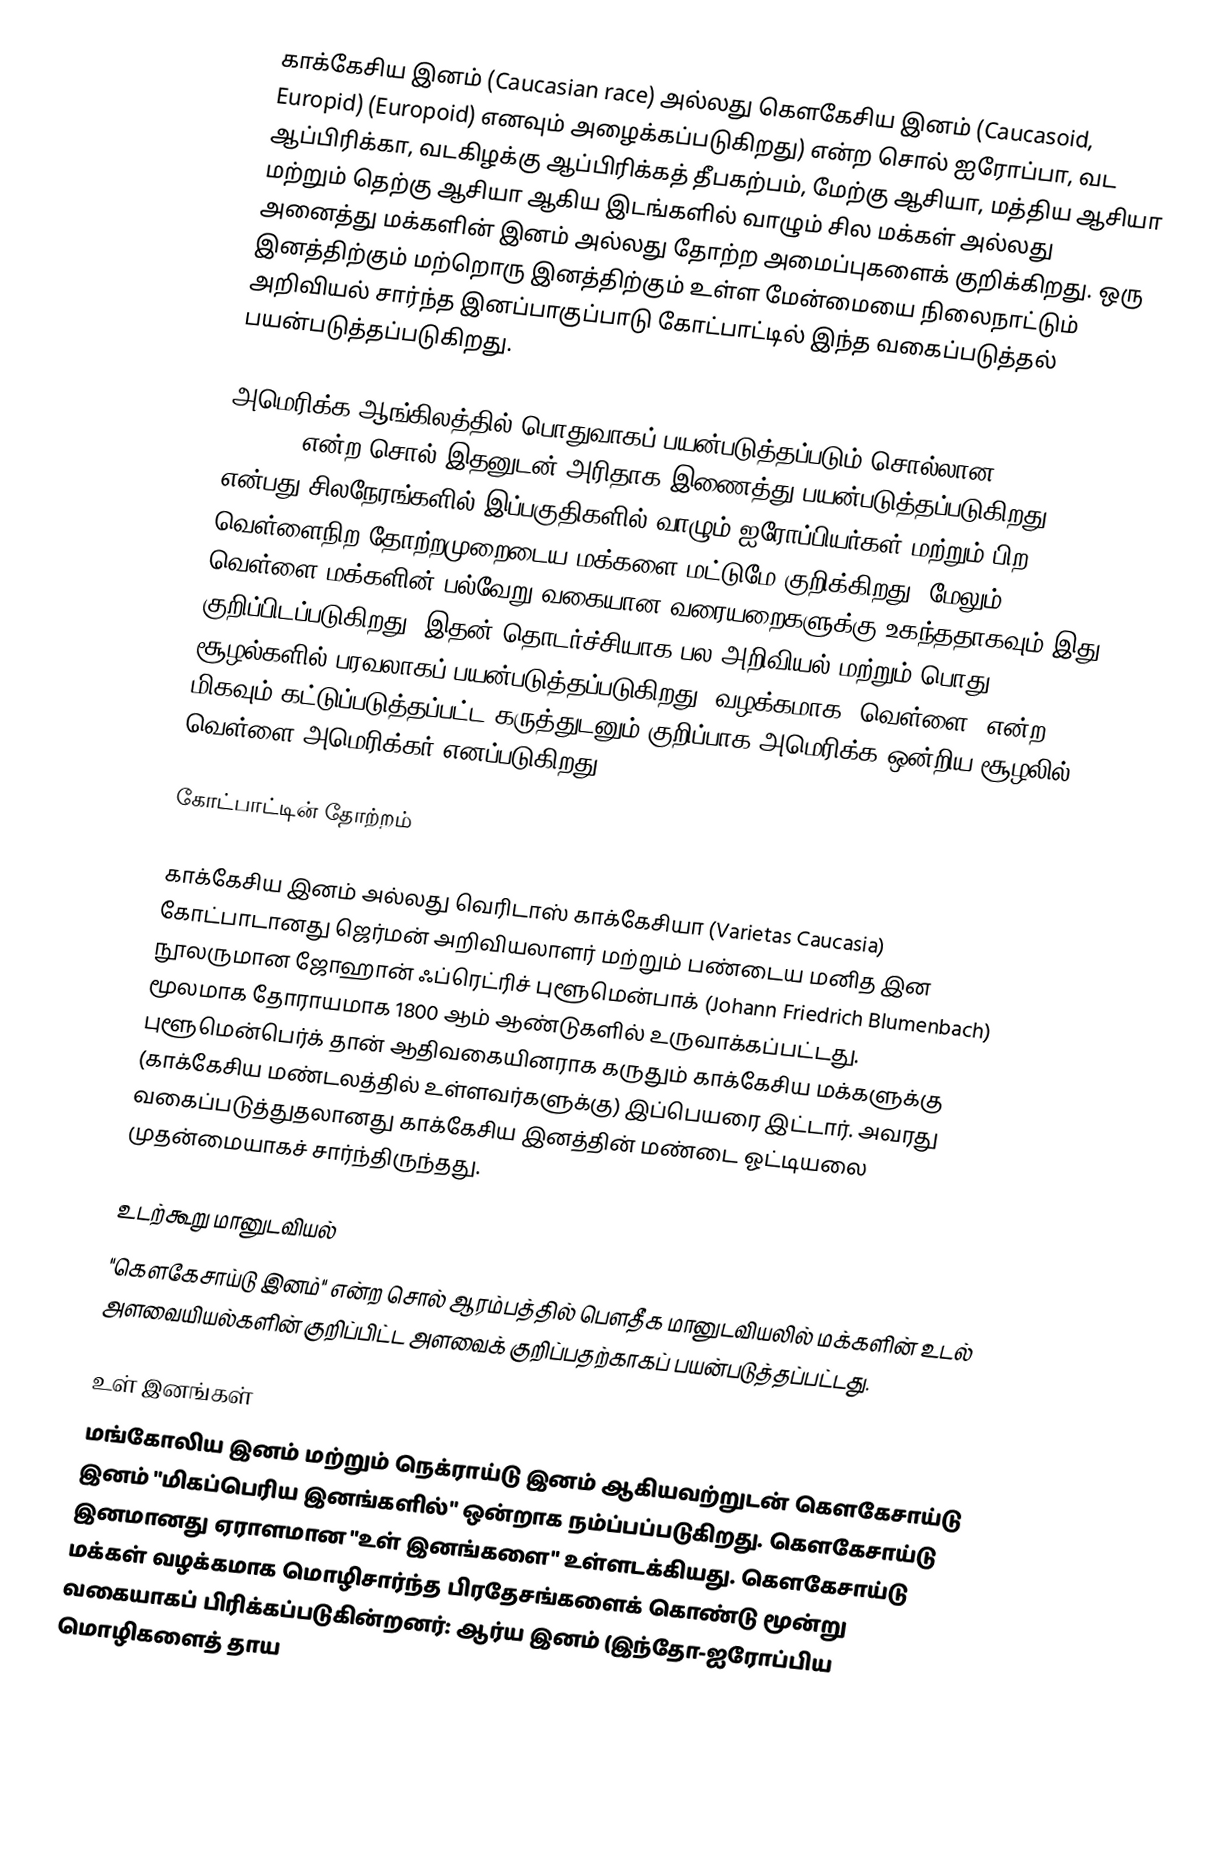
காக்கேசிய இனம் (Caucasian race) அல்லது கௌகேசிய இனம் (Caucasoid, Europid) (Europoid) எனவும் அழைக்கப்படுகிறது) என்ற சொல் ஐரோப்பா, வட ஆப்பிரிக்கா, வடகிழக்கு ஆப்பிரிக்கத் தீபகற்பம், மேற்கு ஆசியா, மத்திய ஆசியா மற்றும் தெற்கு ஆசியா ஆகிய இடங்களில் வாழும் சில மக்கள் அல்லது அனைத்து மக்களின் இனம் அல்லது தோற்ற அமைப்புகளைக் குறிக்கிறது. ஒரு இனத்திற்கும் மற்றொரு இனத்திற்கும் உள்ள மேன்மையை நிலைநாட்டும் அறிவியல் சார்ந்த இனப்பாகுப்பாடு கோட்பாட்டில் இந்த வகைப்படுத்தல் பயன்படுத்தப்படுகிறது.

அமெரிக்க ஆங்கிலத்தில் பொதுவாகப் பயன்படுத்தப்படும் சொல்லான "Caucasian" ("race" என்ற சொல் இதனுடன் அரிதாக இணைத்து பயன்படுத்தப்படுகிறது) என்பது சிலநேரங்களில் இப்பகுதிகளில் வாழும் ஐரோப்பியர்கள் மற்றும் பிற வெள்ளைநிற தோற்றமுறைடைய மக்களை மட்டுமே குறிக்கிறது. மேலும் வெள்ளை மக்களின் பல்வேறு வகையான வரையறைகளுக்கு உகந்ததாகவும் இது குறிப்பிடப்படுகிறது. இதன் தொடர்ச்சியாக பல அறிவியல் மற்றும் பொது சூழல்களில் பரவலாகப் பயன்படுத்தப்படுகிறது. வழக்கமாக "வெள்ளை" என்ற மிகவும் கட்டுப்படுத்தப்பட்ட கருத்துடனும் குறிப்பாக அமெரிக்க ஒன்றிய சூழலில் வெள்ளை அமெரிக்கர் எனப்படுகிறது.

கோட்பாட்டின் தோற்றம்

காக்கேசிய இனம்  அல்லது வெரிடாஸ் காக்கேசியா  (Varietas Caucasia) கோட்பாடானது ஜெர்மன் அறிவியலாளர் மற்றும் பண்டைய மனித இன நூலருமான ஜோஹான் ஃப்ரெட்ரிச் புளூமென்பாக் (Johann Friedrich Blumenbach) மூலமாக தோராயமாக 1800 ஆம் ஆண்டுகளில் உருவாக்கப்பட்டது. புளூமென்பெர்க் தான் ஆதிவகையினராக கருதும் காக்கேசிய மக்களுக்கு (காக்கேசிய மண்டலத்தில் உள்ளவர்களுக்கு) இப்பெயரை இட்டார். அவரது வகைப்படுத்துதலானது காக்கேசிய இனத்தின் மண்டை ஓட்டியலை முதன்மையாகச் சார்ந்திருந்தது.

உடற்கூறு மானுடவியல்
"கெளகேசாய்டு இனம்" என்ற சொல் ஆரம்பத்தில் பெளதீக மானுடவியலில் மக்களின் உடல் அளவையியல்களின் குறிப்பிட்ட அளவைக் குறிப்பதற்காகப் பயன்படுத்தப்பட்டது.

உள் இனங்கள்
மங்கோலிய இனம் மற்றும் நெக்ராய்டு இனம் ஆகியவற்றுடன் கெளகேசாய்டு இனம் "மிகப்பெரிய இனங்களில்" ஒன்றாக நம்ப்பப்படுகிறது. கௌகேசாய்டு இனமானது ஏராளமான "உள் இனங்களை" உள்ளடக்கியது. கெளகேசாய்டு மக்கள் வழக்கமாக மொழிசார்ந்த பிரதேசங்களைக் கொண்டு மூன்று வகையாகப் பிரிக்கப்படுகின்றனர்: ஆர்ய இனம் (இந்தோ-ஐரோப்பிய மொழிகளைத் தாய